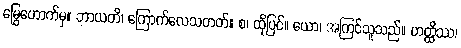
မြွေဟောက်မှ။ ဘာယတိ၊ ကြောက်လေသတတ်။ စ၊ ထိုပြင်။ ယော၊ အကြင်သူသည်။ ဟတ္ထိဿ၊